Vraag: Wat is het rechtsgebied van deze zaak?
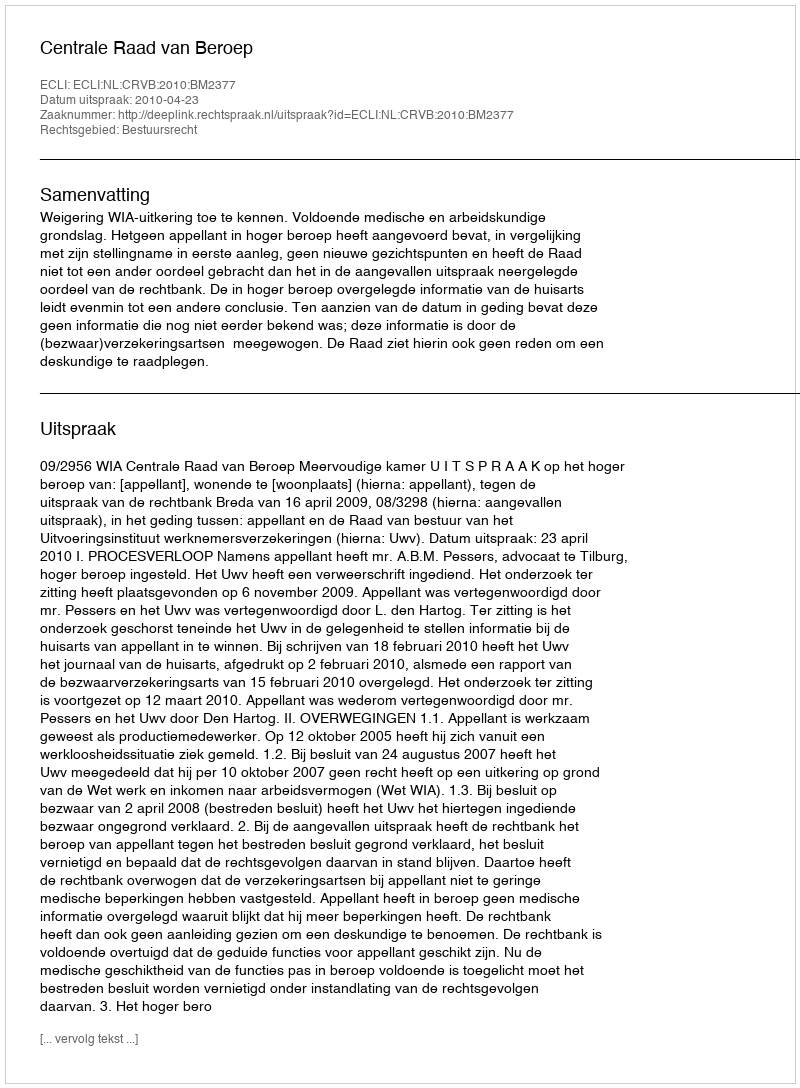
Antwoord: Bestuursrecht